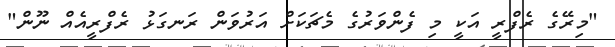
"މިރޭގެ ރެފްރީ އަކީ މި ފެންވަރުގެ މެޗަކަށް އަރުވަން ރަނގަޅު ރެފްރީއެއް ނޫން"